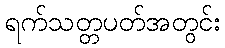
ရက်သတ္တပတ်အတွင်း